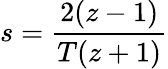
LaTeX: s={\frac{2(z-1)}{T(z+1)}}